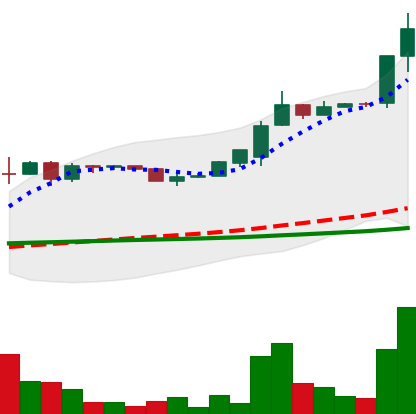
Ticker: LTC-USD
Chart end date: 2015-07-06
Forward return: -19.261%
Label: down_7plus